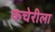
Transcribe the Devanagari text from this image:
कचेरीला